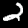
Label: 2